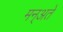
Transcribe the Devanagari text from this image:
मन्अते